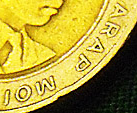
ARAP MOI